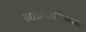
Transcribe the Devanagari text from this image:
सांप्रदायिकांस